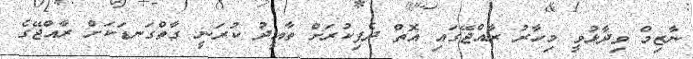
ނާޒިމް ވިދާޅުވީ މިހާރު ރާއްޖޭގައި އޮތް ދެފިކުރަށް ތާއީދު ކުރަނީ ގާތްގަނޑަކަށް ރާއްޖޭގެ